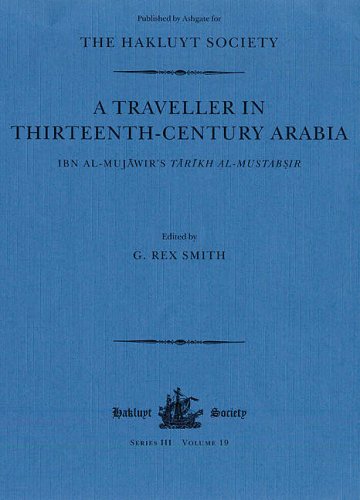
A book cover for A Traveller in Thirteenth-Century Arabia (Hakluyt Society Series 3, No. 19); Ibn al-Mujawir; Travel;